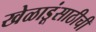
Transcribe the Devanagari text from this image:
खेळाडूंसाठीची